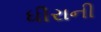
ધીરાની